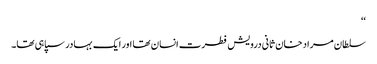
‘‘
سلطان مراد خان ثانی درویش فطرت انسان تھا اور ایک بہادر سپاہی تھا۔